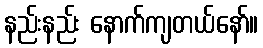
နည်းနည်း နောက်ကျတယ်နော်။